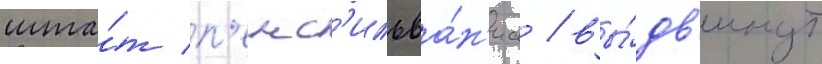
шта́т п'енс'ильва́н'иа / вы́дв'инут